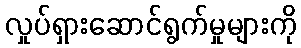
လှုပ်ရှားဆောင်ရွက်မှုများကို